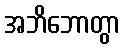
အဘိဘောတွာ